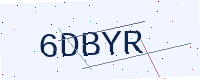
Text: 6DBYR